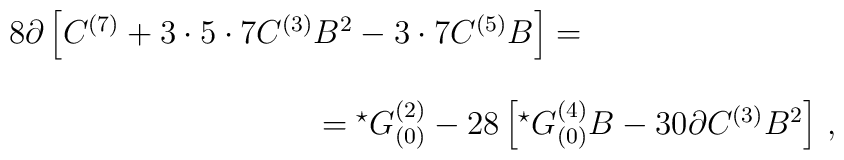
\begin{array}{rcl}8 \partial \left[C^{(7)}+3\cdot 5\cdot 7 C^{(3)}B^{2} -3\cdot 7 C^{(5)}B  \right] =\hspace{-4cm}&  & \\& & \\& & = {}^{\star}G^{(2)}_{(0)} -28\left[{}^{\star}G^{(4)}_{(0)}B -30\partial C^{(3)} B^{2}\right]\, ,\end{array}